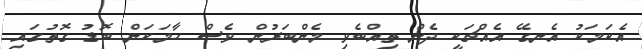
އެކަމަކު އެނގޭ އެއްޗަކީ ދެން ތިއްބެވި މެންބަރުން ވެސް ހާމަކަން ބޮޑު ގޮތުގައި